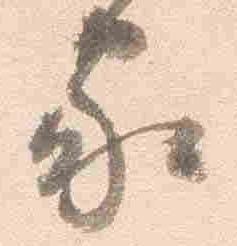
家